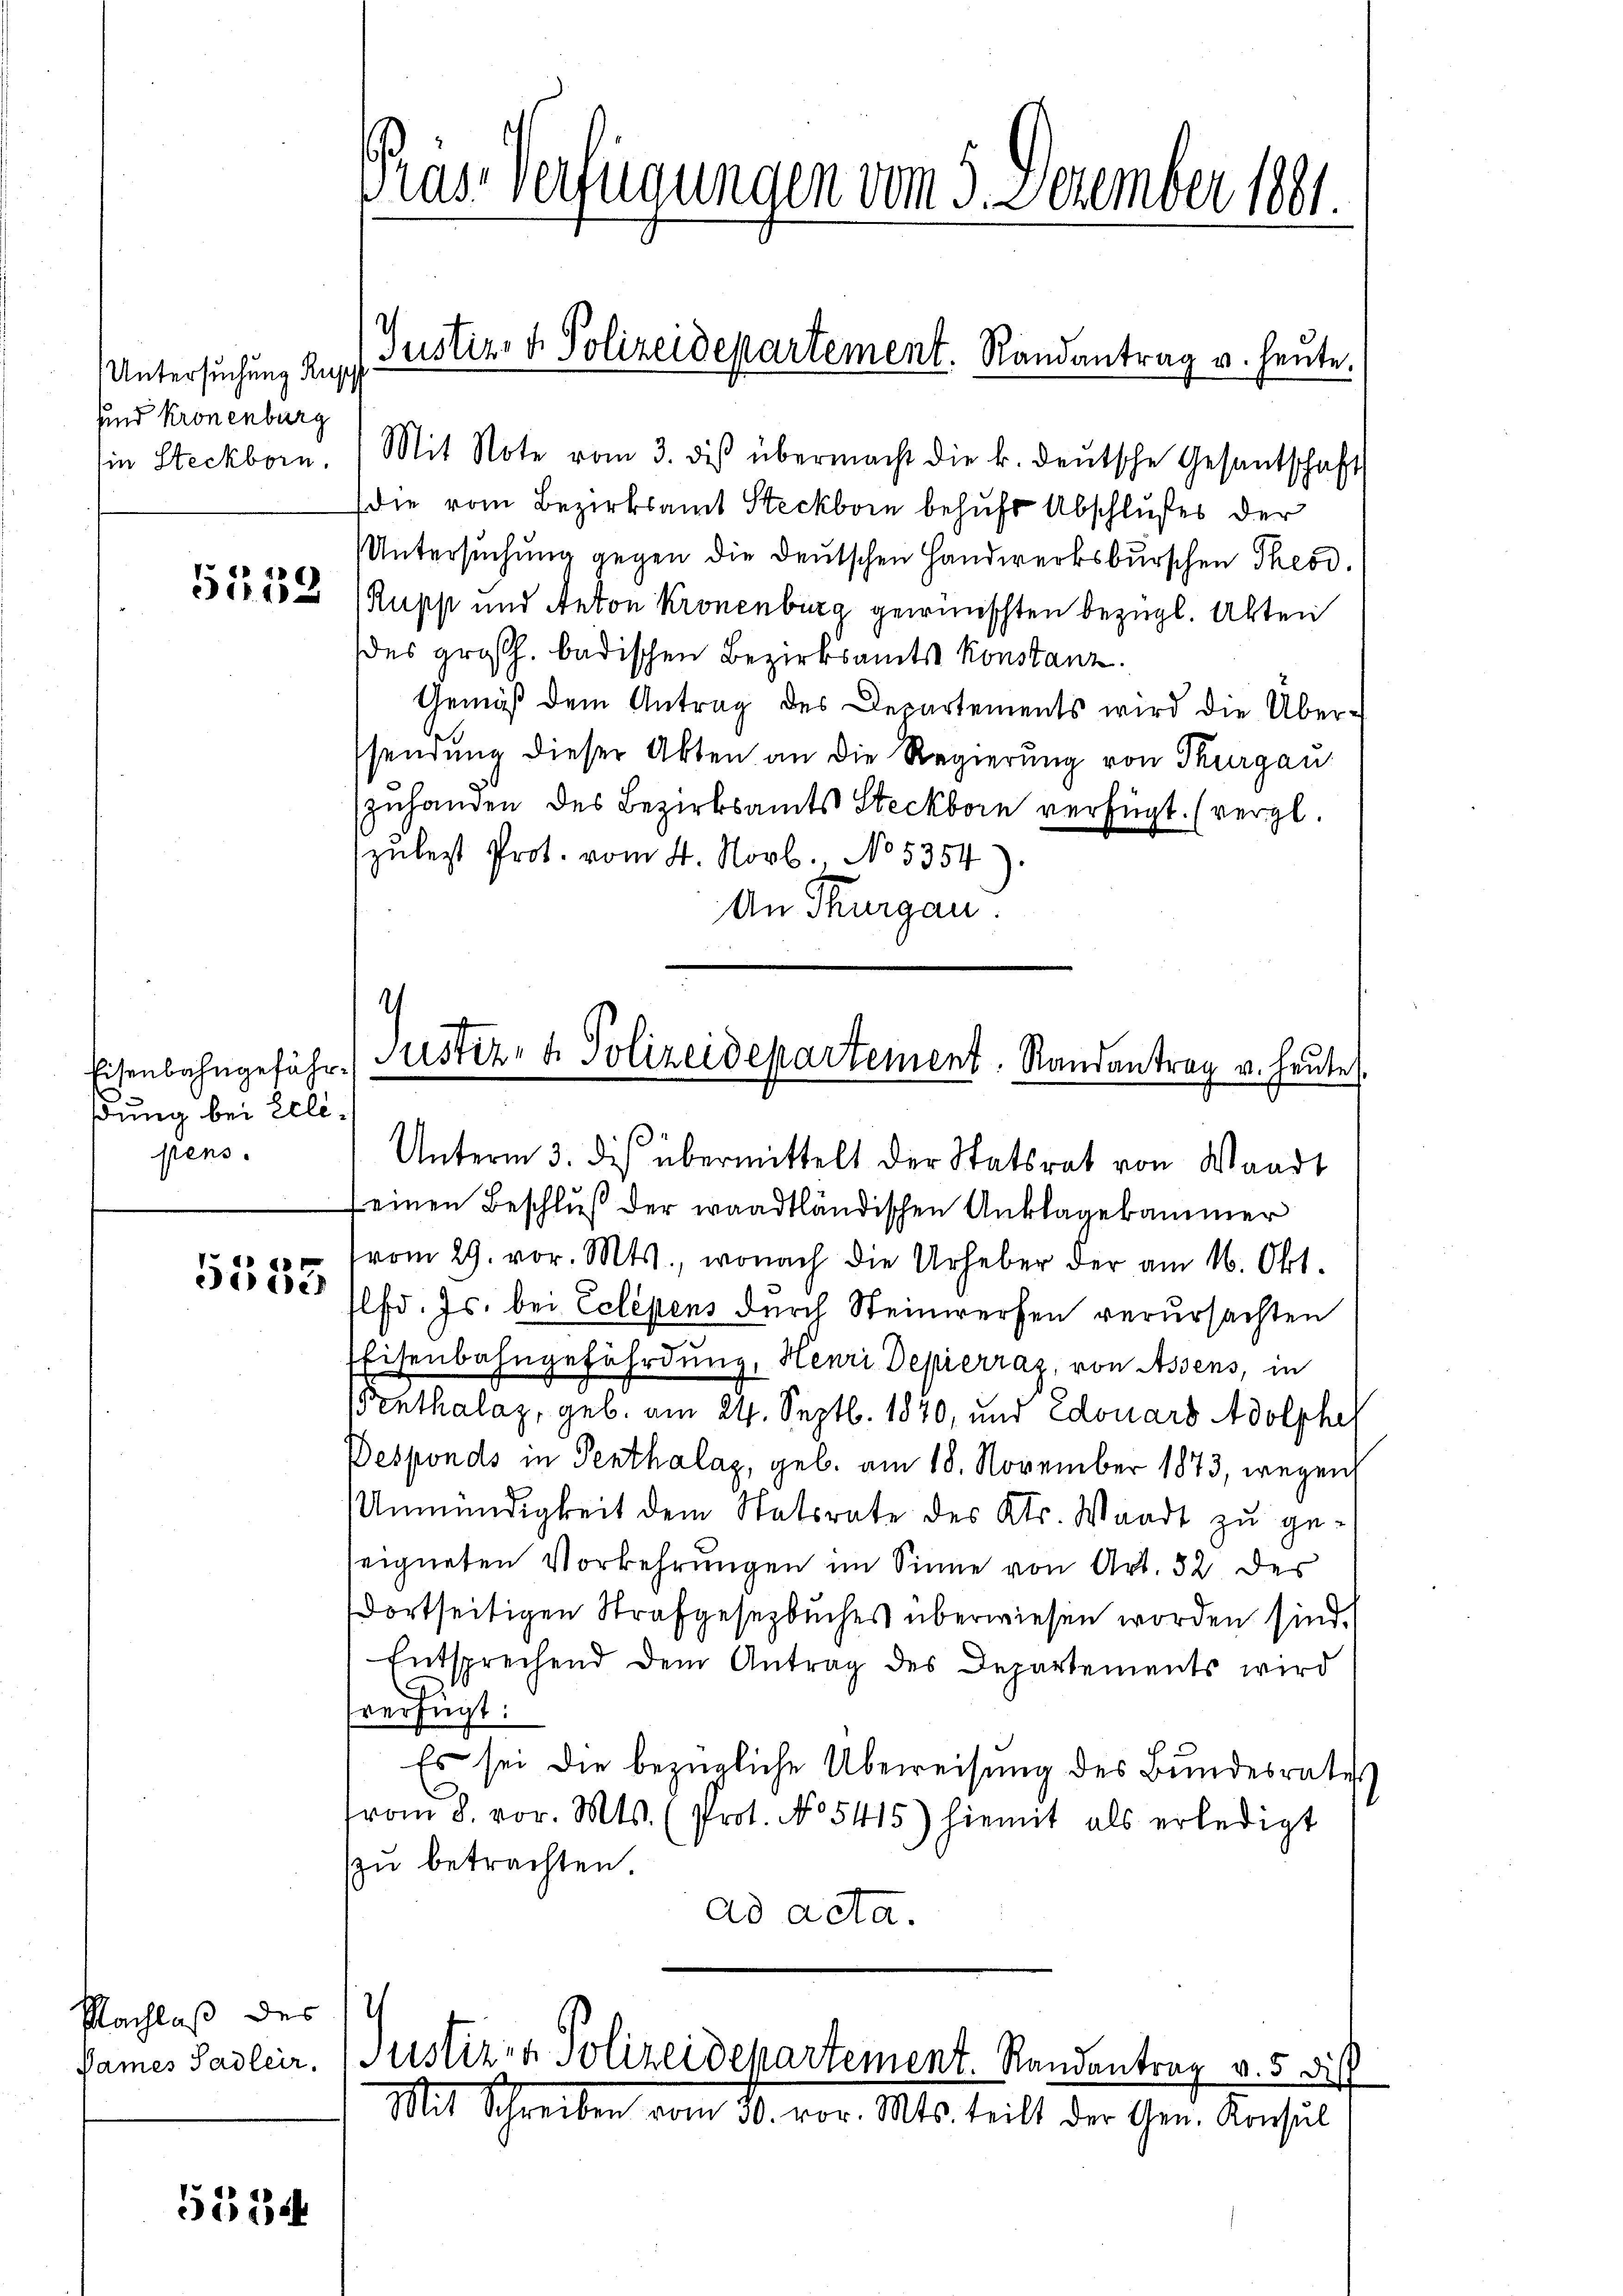
Untersuchung Rup
und Kronenburg
in Steckborn.

14
14

Eisenbahngefährßung bei Ellipens.

desiden

Plachlaß des I

5534

Präs. Verfügungen vom 5. Dezember 1881.

Mit Note vom 3. des übermacht die k. deutsche Gesantschaft
die vom Bezirksamt Steckborn behufs Abschlußes der
Untersuchung gegen die Deutschen Handwerksburschen Theod.
Rupp und Anton Kronenburg gewünschten bezügl. Akten
es großh. badischen Bezirksamts Konstanz
Gemäß dem Antrag des Departements wird die Übersendung dieser Akten an die Regierung von Thurgau
zuhanden des Bezirksamts Steckborn verfügt. (vergl.
zŭlegt Prot. vom 4. Novb. No 5354).
An Thurgau.
Unterm 3. des übermittelt der Statsrat von Waadt
einen Beschluß der waadtländischen Anklagekammer
vom 29. vor. Mts., wonach die Urheber der am 16. Okt.
lfd. Js. bei Eclépens durch Steinwerfen verursachten
Eisenbahngefährdung, Henri Depierraz, von Assens, in
Penthalaz, geb. am 24. Septb. 1870, und Edouars Adolphel
Desponds in Penthalaz, geb. am 18. November 1873, wegen
Unmündigkeit dem Statsrate des Kts. Waadt zu ge-
eigneten Vorkehrungen im Sinne von Art. 32 der
dortseitigen Strafgesetzbuches überwiesen worden sind.
Entsprechend dem Antrag des Departements wird
C
verfügt:
Es sei die bezügliche Überreisung des Bundesrates
vom 8. vor. Mts. (Prot. No 5415) hiemit als erledigt
zu betrachten.
ad acta.
Sames Sadler. Justiz- & Polizeidepartement. Randantrag v. 5 die
Mit Schreiben vom 30. vor. Mts. teilt der Gen. Konsul

Justiz- & Polizeidepartement. Randantrag u. heute.

.
Justiz- & Polizeidepartement. Randantrag v. heute
e